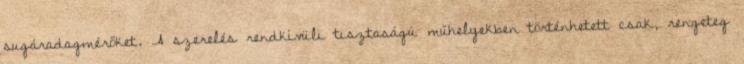
sugáradagmérőket. A szerelés rendkívüli tisztaságú műhelyekben történhetett csak, rengeteg